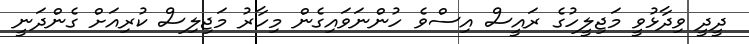
ދީދީ ވިދާޅުވީ މަޖިލީހުގެ ރައީސް އިސްވެ ހުންނަވައިގެން މިހާރު މަޖިލިސް ކުރިއަށް ގެންދަނީ